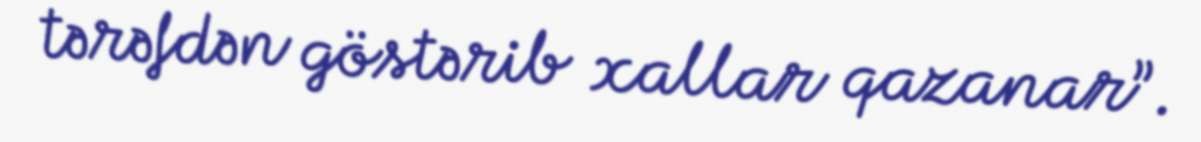
tərəfdən göstərib xallar qazanar”.